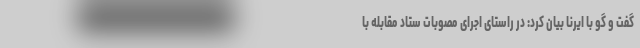
گفت و گو با ایرنا بیان کرد: در راستای اجرای مصوبات ستاد مقابله با